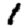
Digit: 1